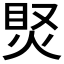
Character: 𤈳